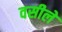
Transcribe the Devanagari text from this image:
वसीले